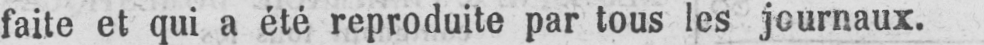
faite et qui a été reproduite par tous les journaux.